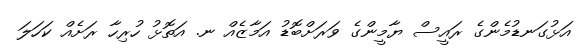
އަޅުގަނޑުމެންގެ ރައީސް ޔާމީންގެ ވަރަށްބޮޑު އަމާޒެއް ނ. އަތޮޅު ހުރިހާ ރަށެއް ކަހަލަ